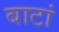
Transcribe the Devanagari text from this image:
बाटां